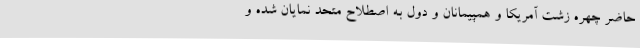
حاضر چهره زشت آمریکا و همپیمانان و دول به اصطلاح متحد نمایان شده و